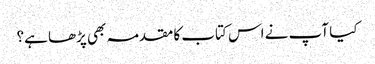
کیا آپ نے اس کتاب کا مقدمہ بھی پڑھا ہے؟